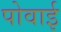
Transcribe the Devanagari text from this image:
पोवाई